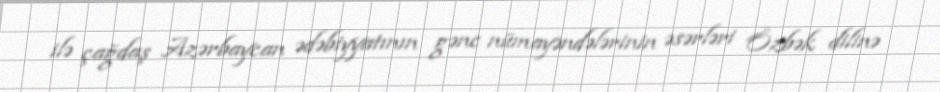
ilə çağdaş Azərbaycan ədəbiyyatının gənc nümayəndələrinin əsərləri Özbək dilinə